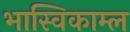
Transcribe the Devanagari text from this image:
भास्विकाम्ल